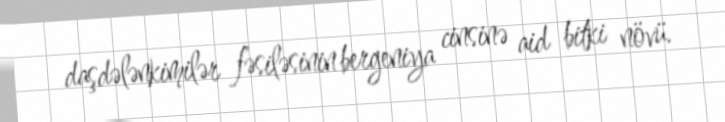
daşdələnkimilər fəsiləsinin bergeniya cinsinə aid bitki növü.